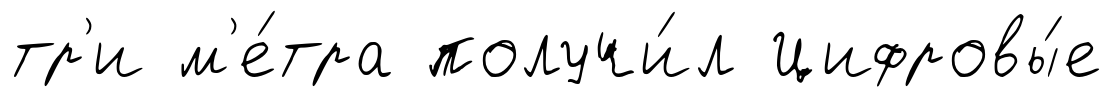
тр'и м'е́тра получи́л Цифровы́е